Annual report on the Civil Veterinary Department, Burma (including the Insein Veterinary School) - 1910-1922
Year: 1910
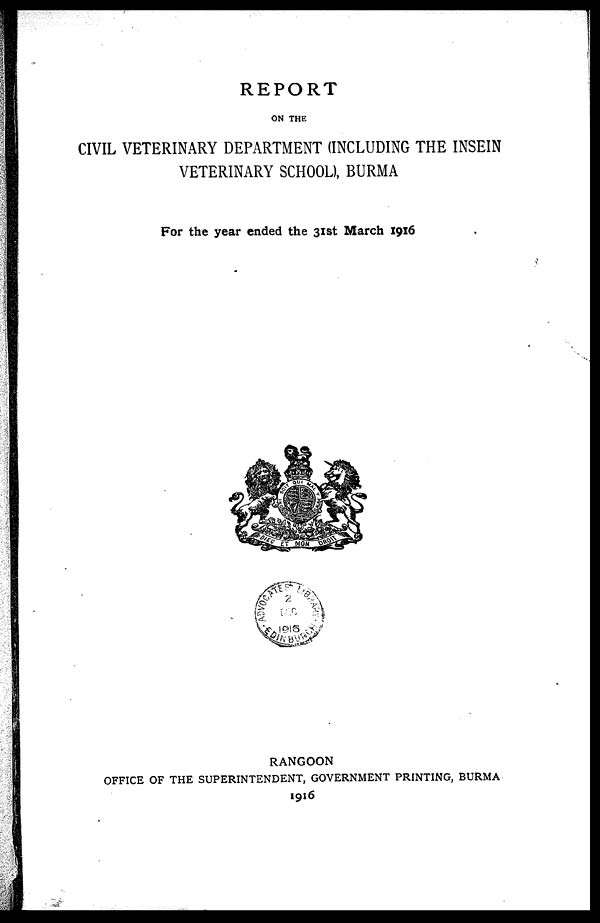
REPORT
ON THE
CIVIL VETERINARY DEPARTMENT (INCLUDING THE INSEIN
VETERINARY SCHOOL), BURMA
For the year ended the 31st March 1916
RANGOON
OFFICE OF THE SUPERINTENDENT, GOVERNMENT PRINTING, BURMA
1916